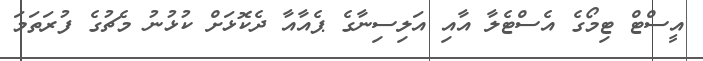
އީސްޓް ޓިމޯގެ އެސްޓެލާ އާއި އަލިސިނާގެ ޕެއާއާ ދެކޮޅަށް ކުޅުނު މެޗުގެ ފުރަތަމަ